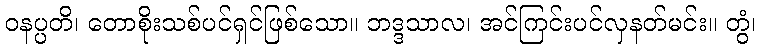
ဝနပ္ပတိ၊ တောစိုးသစ်ပင်ရှင်ဖြစ်သော။ ဘဒ္ဒသာလ၊ အင်ကြင်းပင်လှနတ်မင်း။ တွံ၊